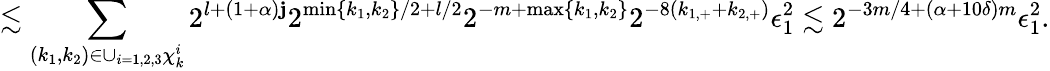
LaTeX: \lesssim\sum_{(k_{1},k_{2})\in\cup_{i=1,2,3}\chi_{k}^{i}}2^{l+(1+\alpha)\mathbf{j}}2^{\operatorname*{min}\{ k_{1},k_{2}\} /2+l/2}2^{-m+\operatorname*{max}\{ k_{1},k_{2}\} }2^{-8(k_{1,+}+k_{2,+})}\epsilon_{1}^{2}\lesssim2^{-3m/4+(\alpha+10\delta)m}\epsilon_{1}^{2}.